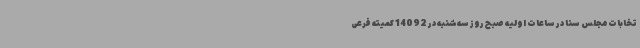
تخابات مجلس سنا در ساعات اولیه صبح روز سه‌شنبه در 14092 کمیته فرعی